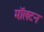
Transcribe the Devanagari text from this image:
मॉलटन